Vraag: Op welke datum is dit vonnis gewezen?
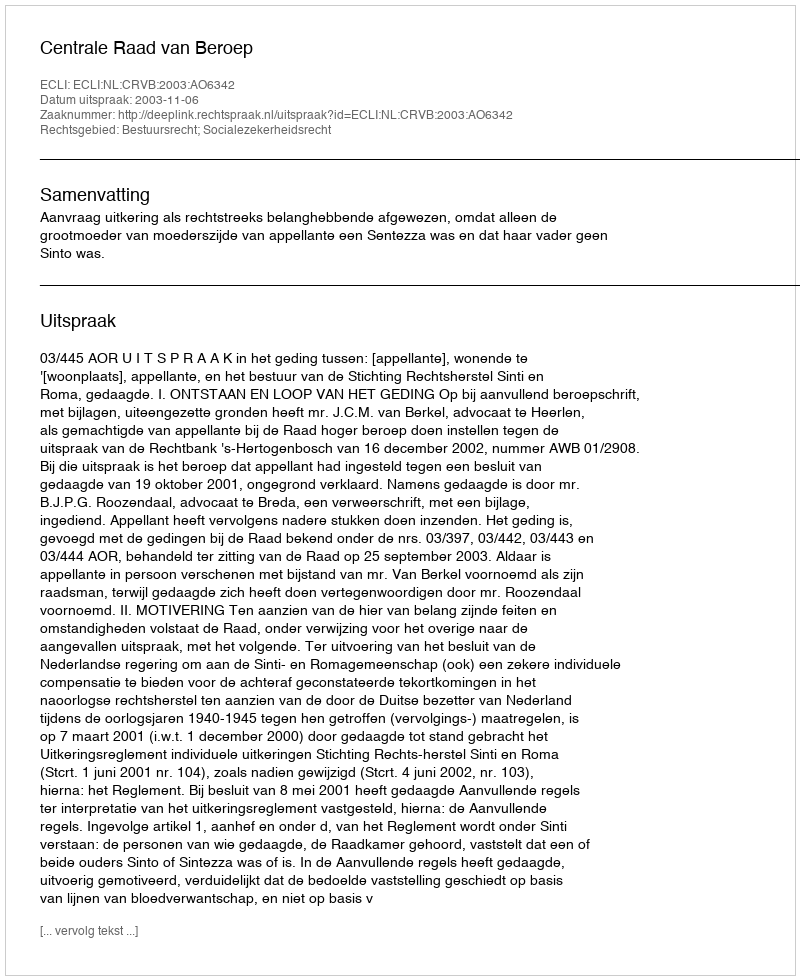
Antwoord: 2003-11-06